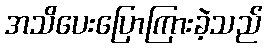
အသိပေးပြောကြားခဲ့သည်